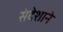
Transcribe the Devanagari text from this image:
संदेशाने